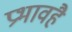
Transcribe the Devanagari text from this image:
प्रभावहै